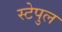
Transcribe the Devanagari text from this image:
स्टेपुल